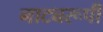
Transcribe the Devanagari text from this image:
नाट्यरूपी